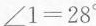
( )°。